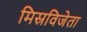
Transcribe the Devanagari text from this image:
मिस्रविजेता